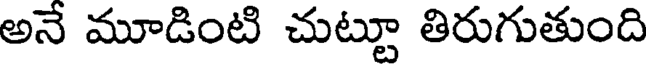
అనే మూడింటి చుట్టూ తిరుగుతుంది